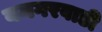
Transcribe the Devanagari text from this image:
यमगरवाडी